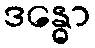
ဒန္ဓော